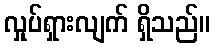
လှုပ်ရှားလျက် ရှိသည်။